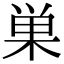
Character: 巣